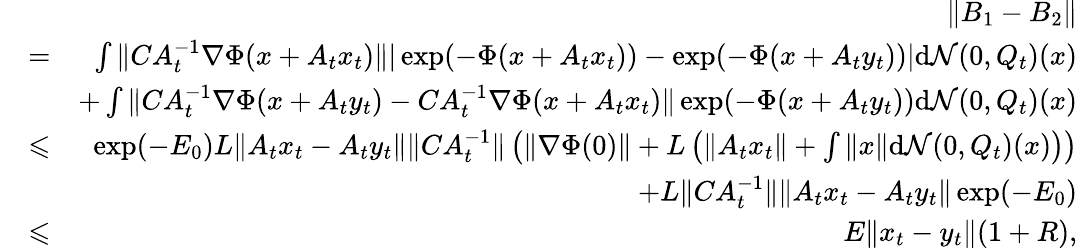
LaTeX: \begin{array}{rlr}&{}&{\| B_{1}-B_{2}\| }\\ &{=}&{\int\| CA_{t}^{-1}\nabla\Phi(x+A_{t}x_{t})\| |\exp(-\Phi(x+A_{t}x_{t}))-\exp(-\Phi(x+A_{t}y_{t}))|\mathrm{d}\mathcal{N}(0,Q_{t})(x)}\\ &{}&{+\int\| CA_{t}^{-1}\nabla\Phi(x+A_{t}y_{t})-CA_{t}^{-1}\nabla\Phi(x+A_{t}x_{t})\| \exp(-\Phi(x+A_{t}y_{t}))\mathrm{d}\mathcal{N}(0,Q_{t})(x)}\\ &{\leqslant}&{\exp(-E_{0})L\| A_{t}x_{t}-A_{t}y_{t}\| \| CA_{t}^{-1}\| \left(\| \nabla\Phi(0)\| +L\left(\| A_{t}x_{t}\| +\int\| x\| \mathrm{d}\mathcal{N}(0,Q_{t})(x)\right)\right)}\\ &{}&{+L\| CA_{t}^{-1}\| \| A_{t}x_{t}-A_{t}y_{t}\| \exp(-E_{0})}\\ &{\leqslant}&{E\| x_{t}-y_{t}\| (1+R),}\end{array}